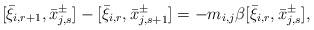
LaTeX: \begin{align*} [\bar{\xi}_{i,r+1}, \bar{x}^{\pm}_{j,s}]-[\bar{\xi}_{i,r}, \bar{x}^{\pm}_{j,s+1}]= -m_{i,j}\beta[\bar{\xi}_{i,r}, \bar{x}^{\pm}_{j,s}],\end{align*}